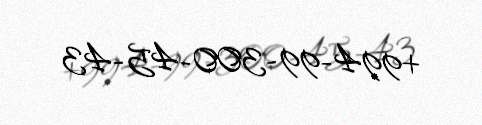
+994-99-300-45-43